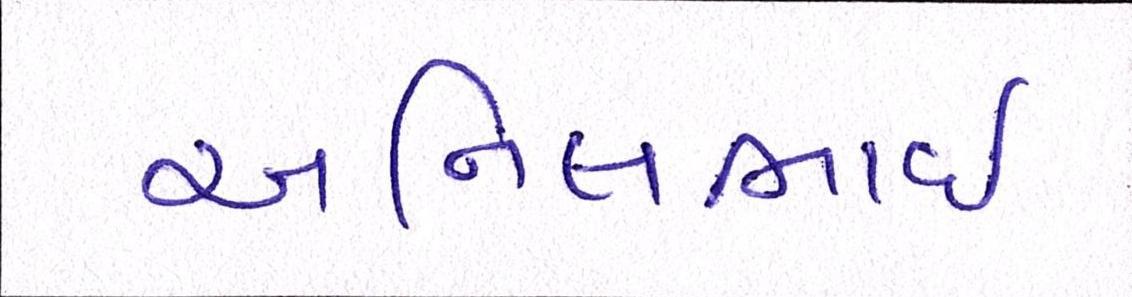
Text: અનિલભાઇ